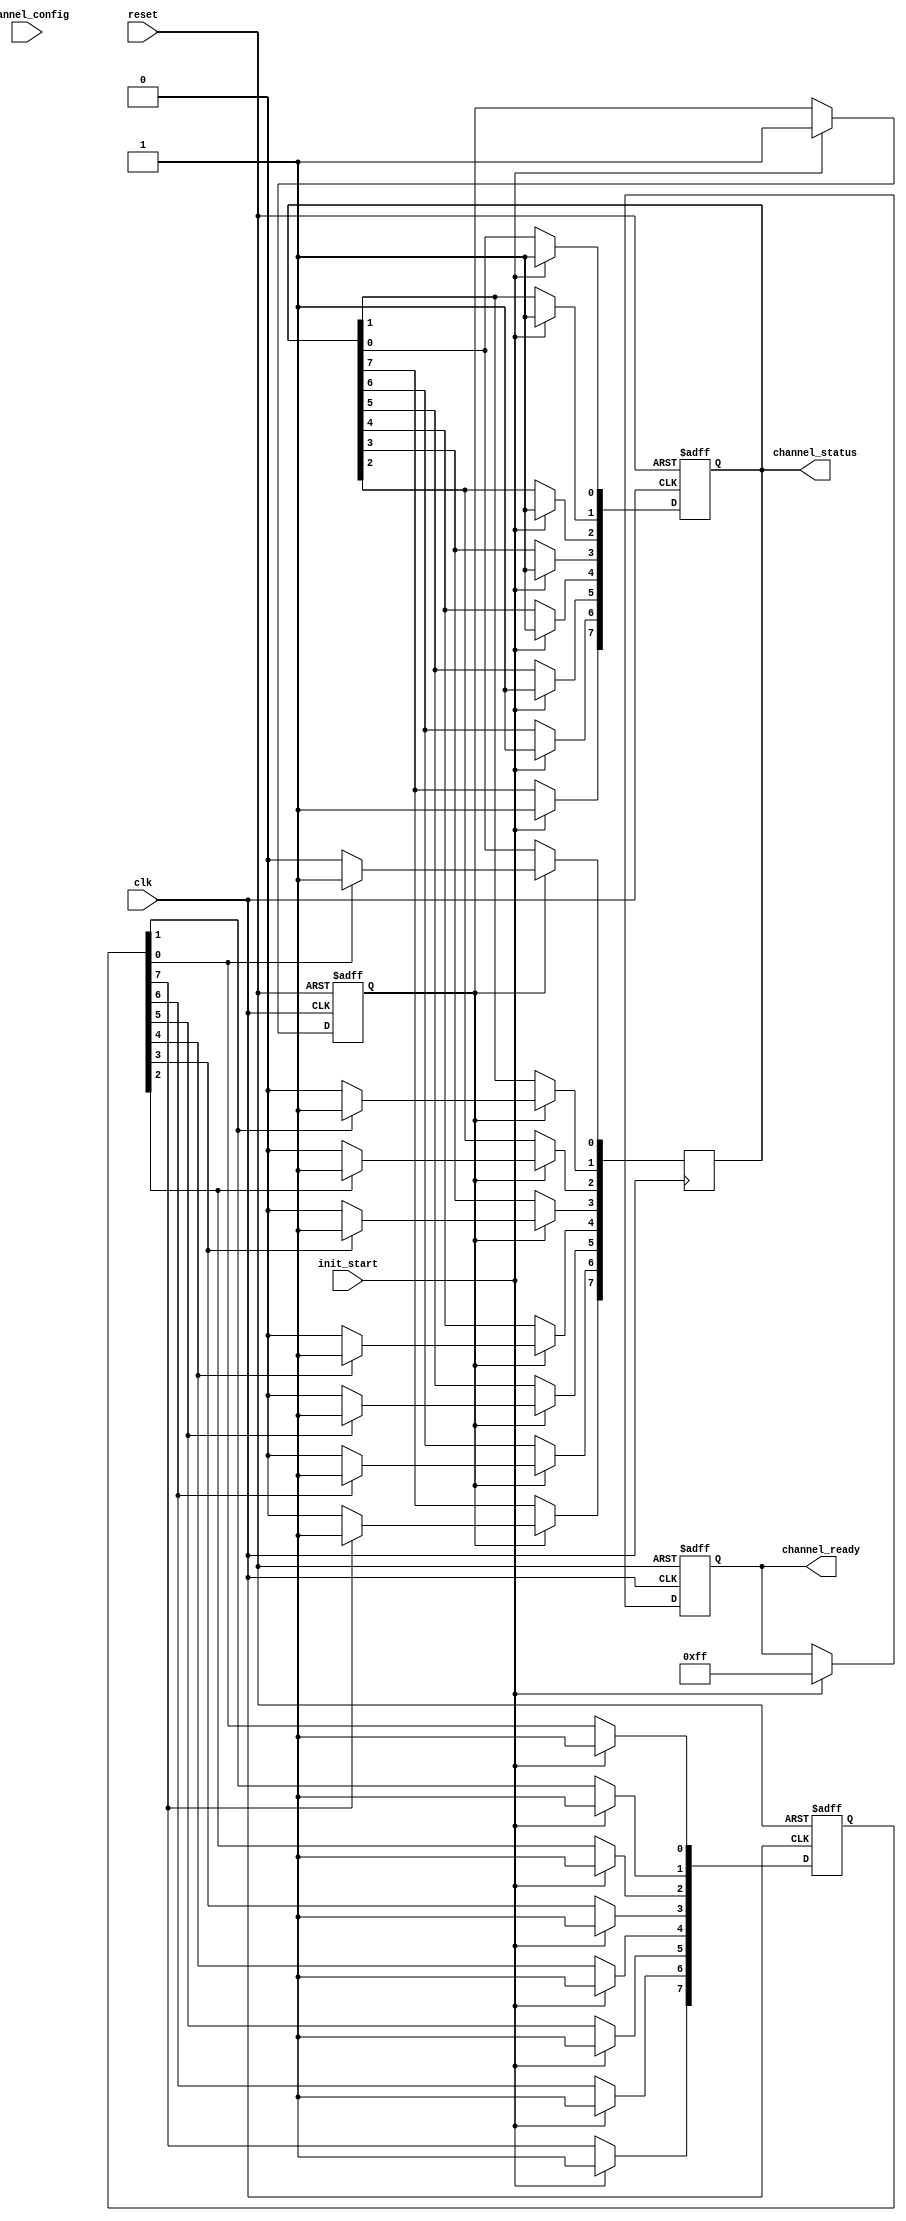
module multi_channel_init #(
    parameter NUM_CHANNELS = 8, // Number of channels
    parameter CONFIG_WIDTH = 16  // Width of each channel configuration
)(
    input wire clk,
    input wire reset,
    input wire init_start,
    input wire [NUM_CHANNELS * CONFIG_WIDTH - 1 : 0] channel_config,
    output reg [NUM_CHANNELS - 1 : 0] channel_ready,
    output reg [NUM_CHANNELS - 1 : 0] channel_status
);

    // Internal signals
    reg [NUM_CHANNELS - 1 : 0] current_state;
    reg init_done;
    reg [CONFIG_WIDTH - 1 : 0] channel_data [0 : NUM_CHANNELS - 1];
    integer i;

    // State encoding
    localparam UNINITIALIZED = 1'b0;
    localparam INITIALIZED   = 1'b1;

    // Initialization process
    always @(posedge clk or posedge reset) begin
        if (reset) begin
            // Reset all channels to uninitialized state
            channel_ready <= {NUM_CHANNELS{1'b0}};
            channel_status <= {NUM_CHANNELS{1'b0}};
            current_state <= {NUM_CHANNELS{UNINITIALIZED}};
            init_done <= 1'b0;
        end else if (init_start) begin
            // Start initialization
            init_done <= 1'b0;
            for (i = 0; i < NUM_CHANNELS; i = i + 1) begin
                channel_data[i] <= channel_config[(i + 1) * CONFIG_WIDTH - 1 -: CONFIG_WIDTH];
                current_state[i] <= INITIALIZED; // Set channel to initialized state
                channel_status[i] <= 1'b1; // Update status to initialized
            end
            channel_ready <= {NUM_CHANNELS{1'b1}}; // Set all channels ready
            init_done <= 1'b1; // Set initialization done flag
        end
    end

    // Update channel status continuously
    always @(posedge clk) begin
        if (init_done) begin
            // If initialization is done, keep the status updated
            for (i = 0; i < NUM_CHANNELS; i = i + 1) begin
                if (current_state[i] == INITIALIZED) begin
                    channel_status[i] <= 1'b1; // Channel is initialized
                end else begin
                    channel_status[i] <= 1'b0; // Channel is not initialized
                end
            end
        end
    end

endmodule